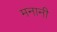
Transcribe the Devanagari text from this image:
मनानी